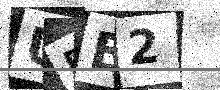
Text: UDB2